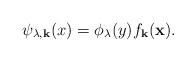
LaTeX: \begin{align*}\psi_{\lambda,{\bf k}}(x)=\phi_\lambda(y)f_{\bf k}({\bf x}).\end{align*}